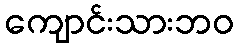
ကျောင်းသားဘဝ